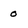
Character: 0